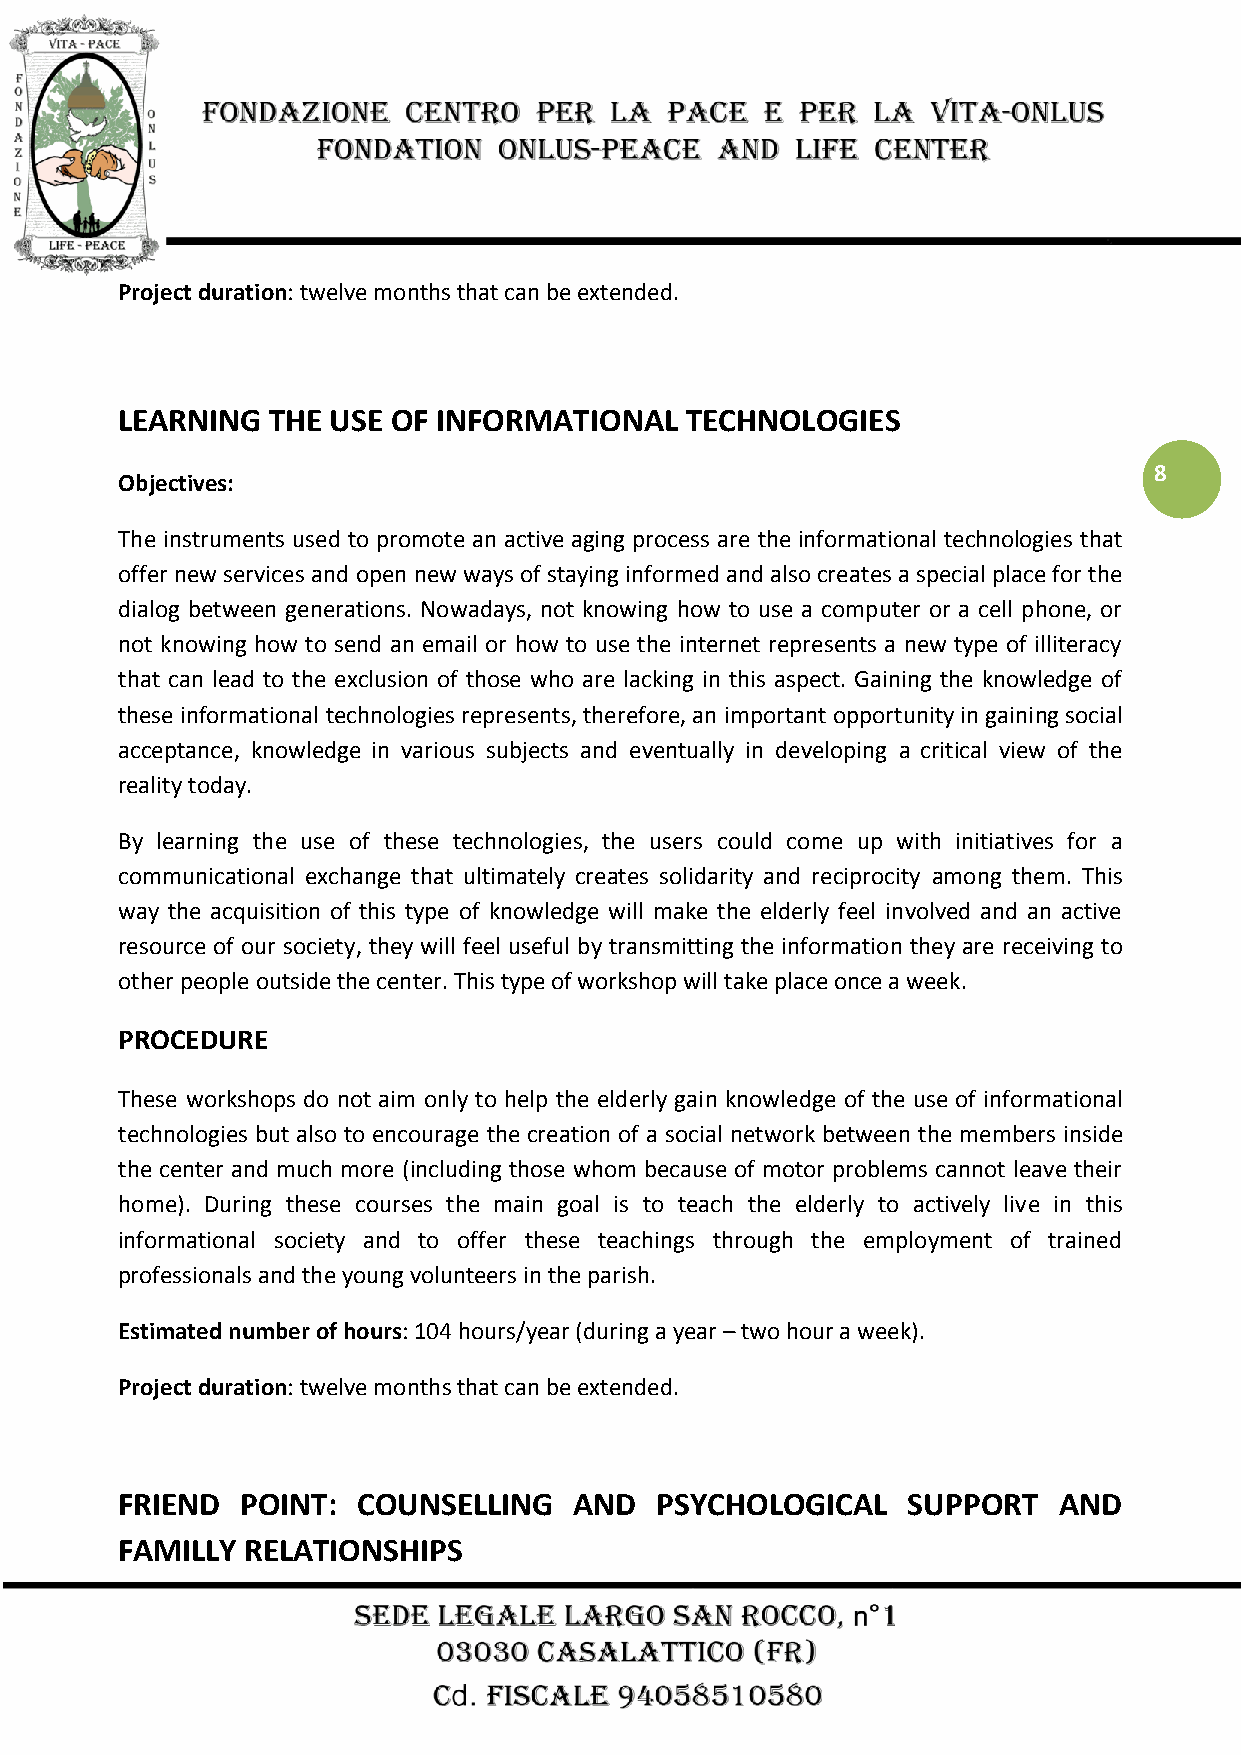
Project duration: twelve months that can be extended.
 LEARNING  THE USE OF INFORMATIONAL   TECHNOLOGIES
 8
 Objectives:
 The instruments used to promote an active aging process are the informational technologies that
 offer new services and open new ways of staying informed and also creates a special place for the
 dialog between generations. Nowadays, not knowing how to use a computer or a cell phone, or
 not knowing how to send an email or how to use the internet represents a new type of illiteracy
 that can lead to the exclusion of those who are lacking in this aspect. Gaining the knowledge of
 these informational technologies represents, therefore, an important opportunity in gaining social
 acceptance, knowledge in various subjects and eventually in developing a critical view of the
 reality today.
 By learning the use of these technologies, the users could come up with initiatives for a
 communicational exchange that ultimately creates solidarity and reciprocity among them. This
 way the acquisition of this type of knowledge will make the elderly feel involved and an active
 resource of our society, they will feel useful by transmitting the information they are receiving to
 other people outside the center. This type of workshop will take place once a week.
 PROCEDURE
 These workshops do not aim only to help the elderly gain knowledge of the use of informational
 technologies but also to encourage the creation of a social network between the members inside
 the center and much more (including those whom because of motor problems cannot leave their
 home). During these courses the main goal is to teach the elderly to actively live in this
 informational society and to offer these teachings through the employment of trained
 professionals and the young volunteers in the parish.
 Estimated number of hours: 104 hours/year (during a year – two hour a week).
 Project duration: twelve months that can be extended.
 FRIEND  POINT:  COUNSELLING   AND  PSYCHOLOGICAL    SUPPORT   AND
 FAMILLY RELATIONSHIPS